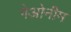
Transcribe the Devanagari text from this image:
गेओनीम